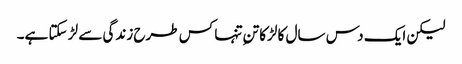
لیکن ایک دس سال کا لڑکا تنِ تنہا کس طرح زندگی سے لڑ سکتا ہے۔